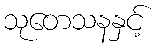
သုတေသနနှင့်